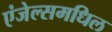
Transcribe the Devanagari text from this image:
एंजेल्समधिल